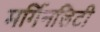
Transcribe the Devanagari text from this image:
मर्गिनलिटी